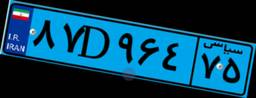
۸۷D۹۶۴۷۵